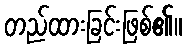
တည်ထားခြင်းဖြစ်၏။